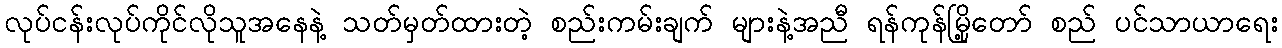
လုပ်ငန်းလုပ်ကိုင်လိုသူအနေနဲ့ သတ်မှတ်ထားတဲ့ စည်းကမ်းချက် များနဲ့အညီ ရန်ကုန်မြို့တော် စည် ပင်သာယာရေး